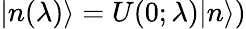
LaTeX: |n(\lambda)\rangle=U(0;\lambda)|n\rangle)